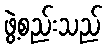
ဖွဲ့စည်းသည်